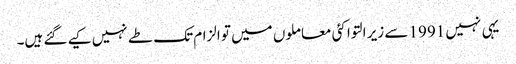
یہی نہیں 1991 سے زیر التوا کئی معاملوں میں تو الزام تک طے نہیں کیے گئے ہیں۔